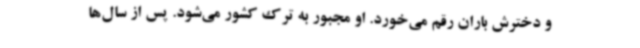
و دخترش باران رقم می‌خورد. او مجبور به ترک کشور می‌شود. پس از سال‌ها